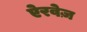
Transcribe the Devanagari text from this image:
ऐरवेज़